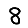
Digit: 8